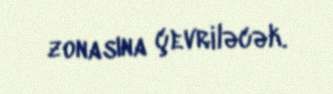
zonasına çevriləcək.